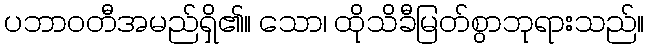
ပဘာဝတီအမည်ရှိ၏။ သော၊ ထိုသိခီမြတ်စွာဘုရားသည်။